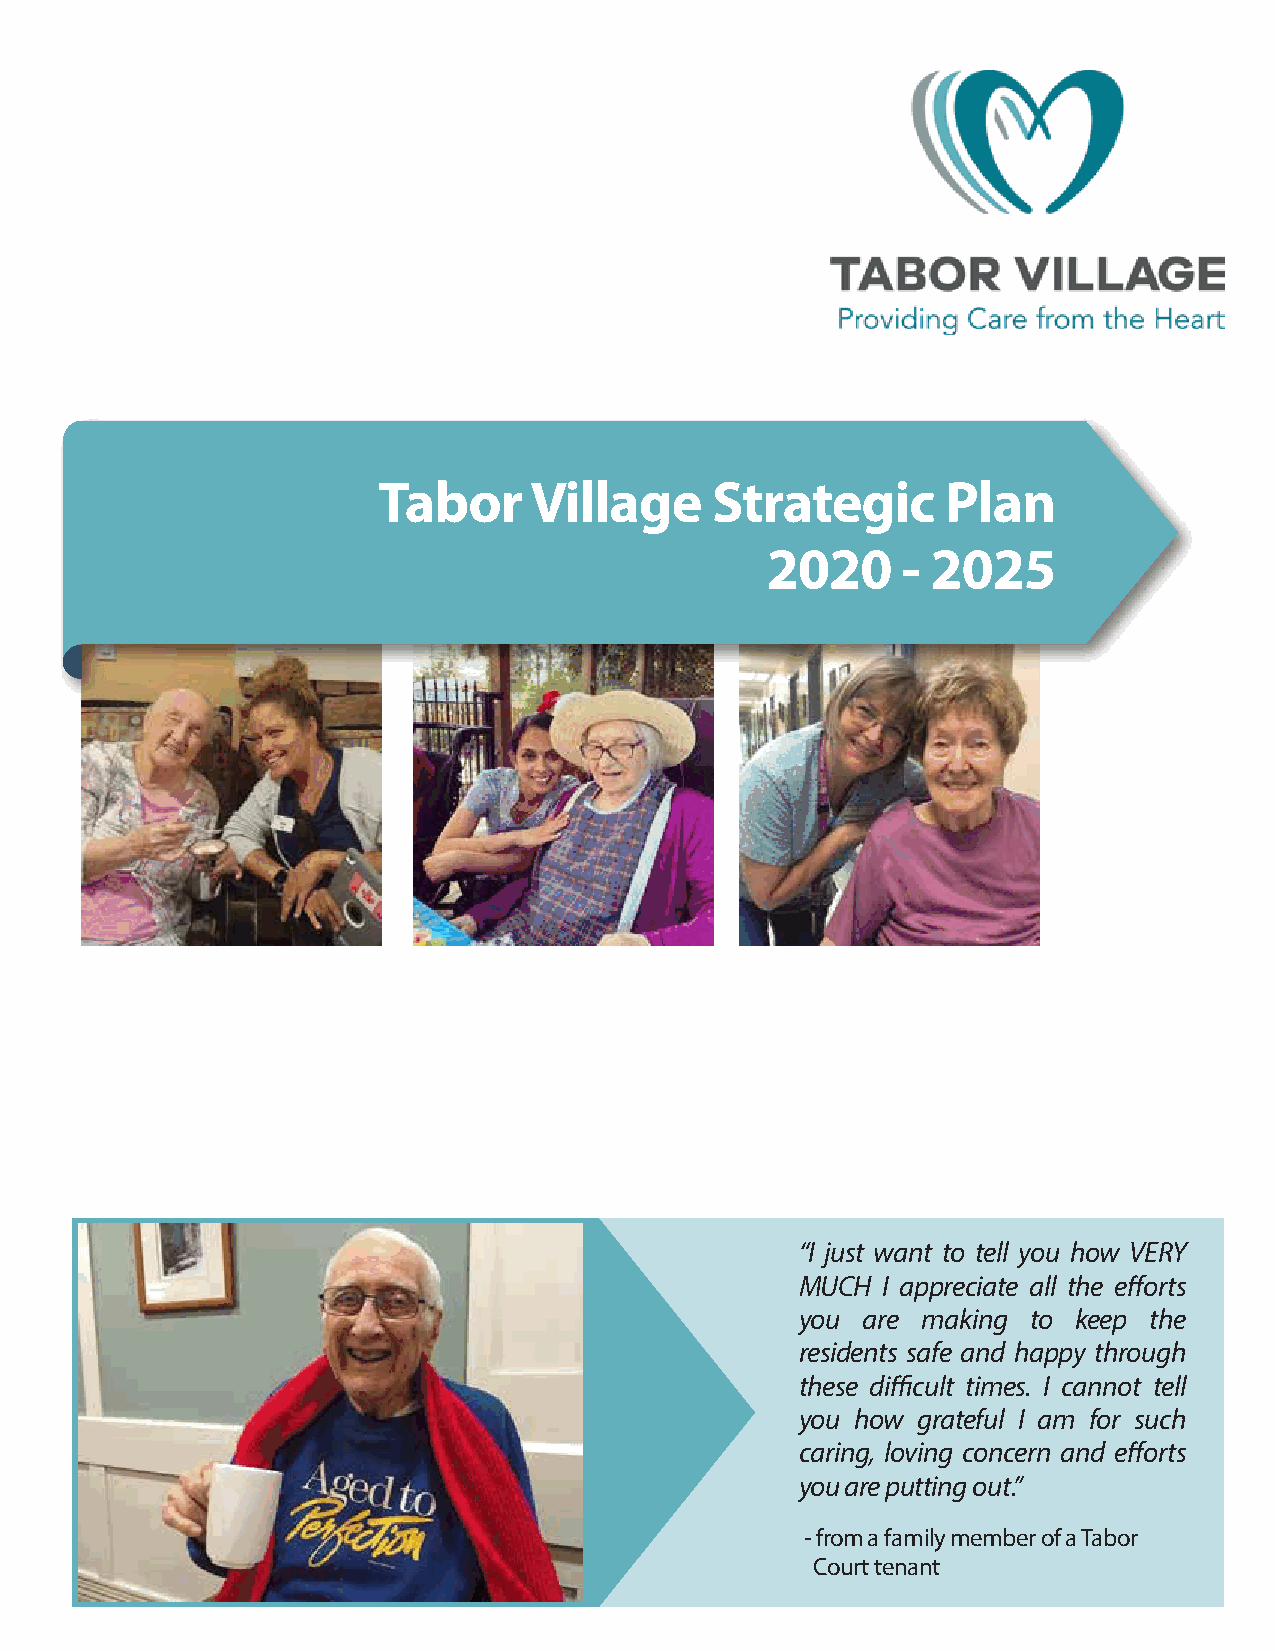
Tabor     Village     Strategic       Plan
 2020     - 2025
 “I just want to tell you how VERY
 MUCH I appreciate all the efforts
 you are making to keep the
 residents safe and happy through
 these difficult times. I cannot tell
 you how grateful I am for such
 caring, loving concern and efforts
 you are putting out.”
 - from a family member of a Tabor
 Court tenant